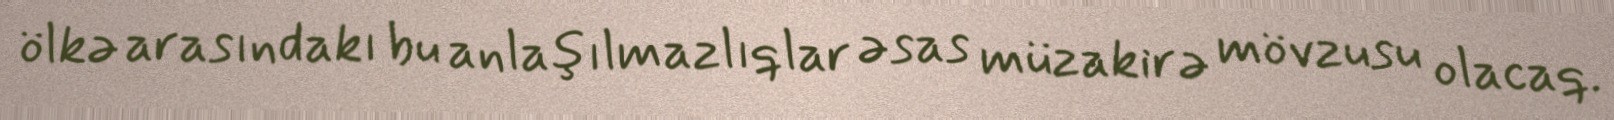
ölkə arasındakı bu anlaşılmazlıqlar əsas müzakirə mövzusu olacaq.